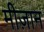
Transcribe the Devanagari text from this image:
मीज़ान